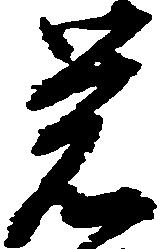
覚